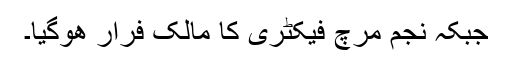
جبکہ نجم مرچ فیکٹری کا مالک فرار ھوگیا۔